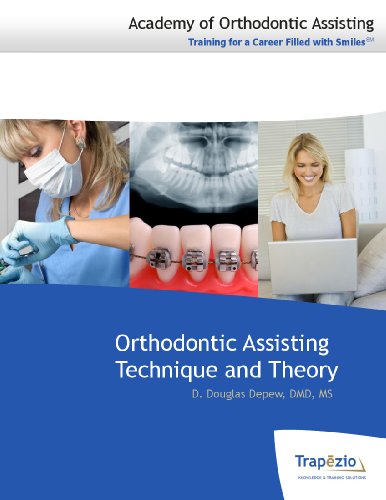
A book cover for Orthodontic Assisting Technique and Theory; DMD, MS D. Douglas Depew; Medical Books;